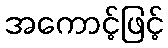
အကောင့်ဖြင့်